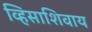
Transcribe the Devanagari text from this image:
व्हिसाशिवाय